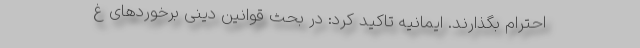
احترام بگذارند. ایمانیه تاکید کرد: در بحث قوانین دینی برخوردهای غ